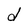
Character: d